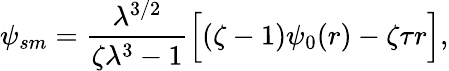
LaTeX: \psi_{sm}=\frac{\lambda^{3/2}}{\zeta\lambda^{3}-1}\Big[(\zeta-1)\psi_{0}(r)-\zeta\tau r\Big],